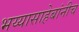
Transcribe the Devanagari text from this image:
भय्यासाहेबांनीच